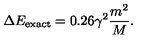
\Delta E _ { \mathrm { e x a c t } } = 0 . 2 6 \gamma ^ { 2 } \frac { m ^ { 2 } } { M } .